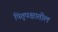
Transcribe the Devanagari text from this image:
पितृपक्षातील